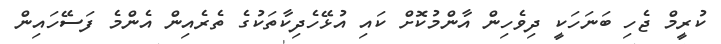
ކުރީމް ޖެހި ބަނަހަކީ ދިވެހިން އާންމުކޮށް ކައި އުޅޭހެދިކާތަކުގެ ތެރެއިން އެންމެ ފަސޭހައިން